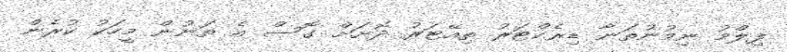
ފިލްމު ނިމުނުތަނާ ޑިރެކްޓަރު ތިއޭޓަރު ދޮށަށް ގޮސް އެ ތަނުން މީހަކު ކުރެން